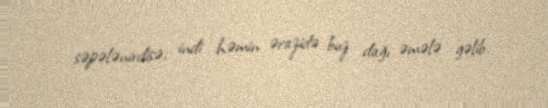
səpələnirdisə, indi həmin ərazidə buz dağı əmələ gəlib.